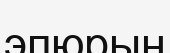
эпюрын